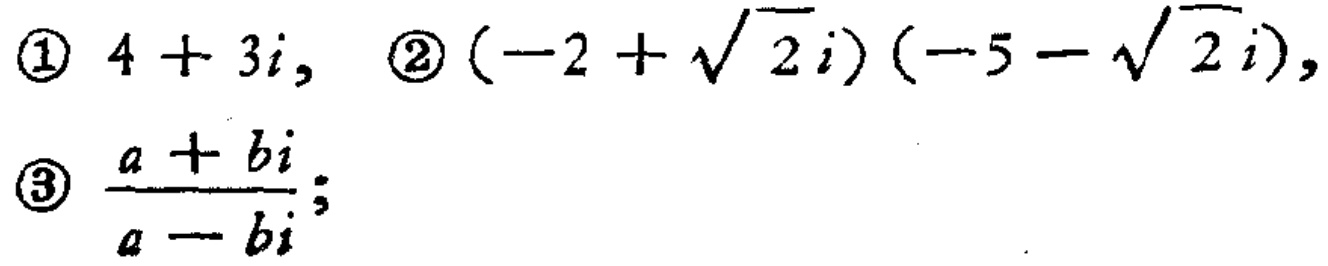
\textcircled{1} \(4 + 3i\), \textcircled{2} \((-2 + \sqrt{2}i)(-5 - \sqrt{2}i)\), \textcircled{3} \(\frac{a + bi}{a - bi}\);